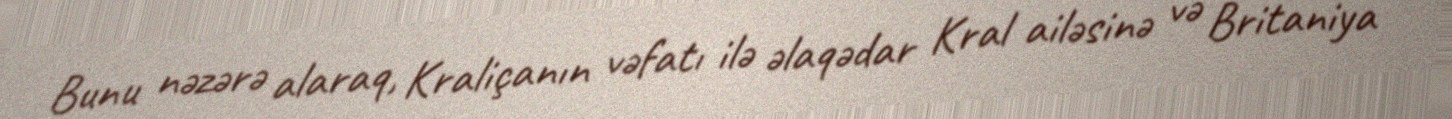
Bunu nəzərə alaraq, Kraliçanın vəfatı ilə əlaqədar Kral ailəsinə və Britaniya